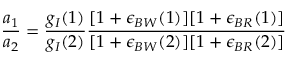
\frac { a _ { 1 } } { a _ { 2 } } = { \frac { g _ { I } { ( 1 ) } } { g _ { I } { ( 2 ) } } { \frac { [ 1 + \epsilon _ { B W } ( 1 ) ] [ 1 + \epsilon _ { B R } ( 1 ) ] } { [ 1 + \epsilon _ { B W } ( 2 ) ] [ 1 + \epsilon _ { B R } ( 2 ) ] } } }